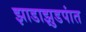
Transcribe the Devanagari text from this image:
झाडाझुडपांत